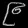
Digit: ၉